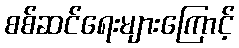
စစ်ဆင်ရေးများကြောင့်